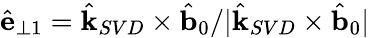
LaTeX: \hat{\mathbf{e}}_{\perp 1}=\hat{\mathbf{k}}_{SVD}\times\hat{\mathbf{b}}_{0}/|\hat{\mathbf{k}}_{SVD}\times\hat{\mathbf{b}}_{0}|